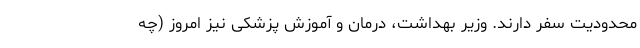
محدودیت سفر دارند. وزیر بهداشت، درمان و آموزش پزشکی نیز امروز (چه